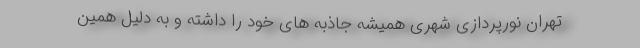
تهران نورپردازی شهری همیشه جاذبه های خود را داشته و به دلیل همین